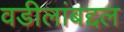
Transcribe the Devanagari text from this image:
वडीलांबद्दल